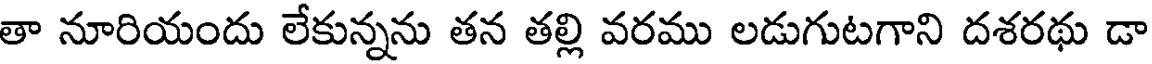
తా నూరియందు లేకున్నను తన తల్లి వరము లడుగుటగాని దశరథు డా